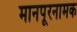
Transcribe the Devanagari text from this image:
मानपूरनामक